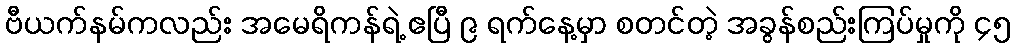
ဗီယက်နမ်ကလည်း အမေရိကန်ရဲ့ ဧပြီ ၉ ရက်နေ့မှာ စတင်တဲ့ အခွန်စည်းကြပ်မှုကို ၄၅